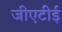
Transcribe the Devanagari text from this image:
जीएटीई